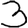
Digit: 3